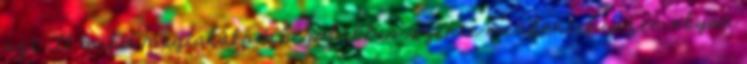
azt itt mind megtalálod, legalábbis szinte mindent, hiszen olyan